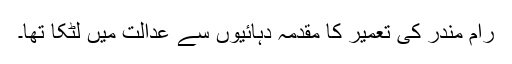
رام مندر کی تعمیر کا مقدمہ دہائیوں سے عدالت میں لٹکا تھا۔